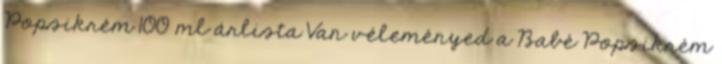
Popsikrém 100 ml árlista Van véleményed a Babé Popsikrém